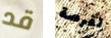
قد لفرصة